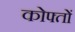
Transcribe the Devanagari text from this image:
कोफ्तों